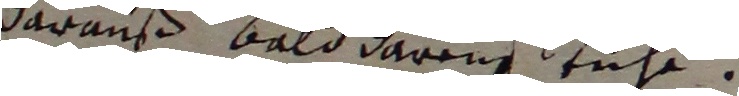
daranß bald darein stühe.